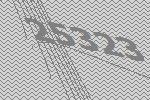
25323